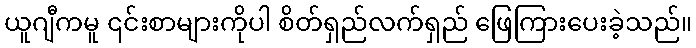
ယူဂျီကမူ ၎င်းစာများကိုပါ စိတ်ရှည်လက်ရှည် ဖြေကြားပေးခဲ့သည်။